Leaving Certificate Examination (including Day School Certificate (Higher) General paper), 1939
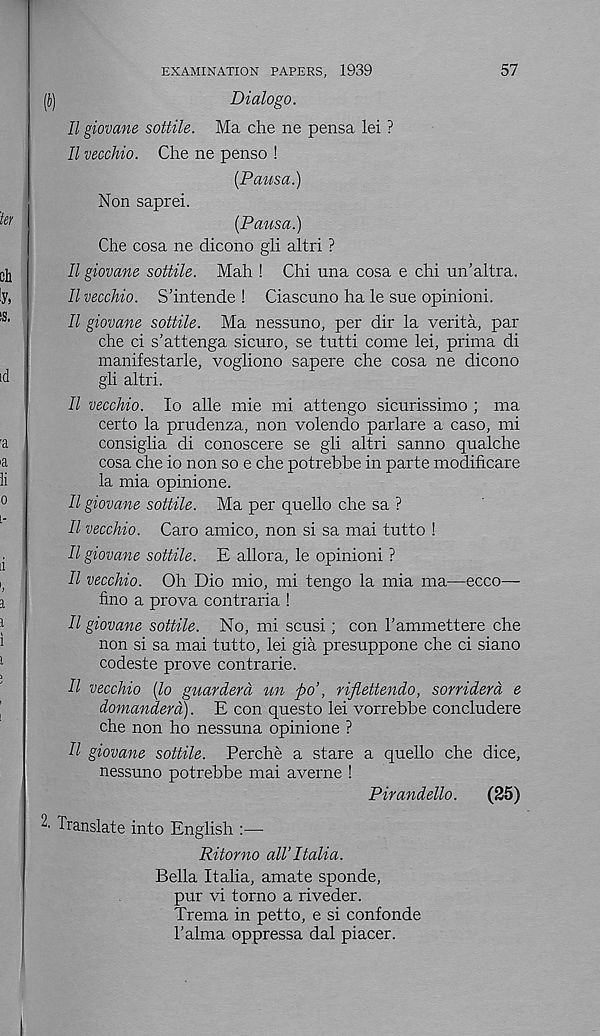
57
EXAMINATION PAPERS, 1939
(b)
Dialogo.
11 giovane sottile. Ma che ne pensa lei ?
II vecchio. Che ne penso !
(Pans a.)
Non saprei.
(Pausa.)
Che cosa ne dicono gli altri ?
II giovane sottile. Mah ! Chi una cosa e chi un’altra.
II vecchio. S’intende ! Ciascuno ha le sue opinioni.
II giovane sottile. Ma nessuno, per dir la verita, par
che ci s’attenga sicuro, se tutti come lei, prima di
manifestarle, vogliono sapere che cosa ne dicono
gli altri.
II vecchio. lo alle mie mi attengo sicurissimo ; ma
certo la prudenza, non volendo parlare a caso, mi
consiglia di conoscere se gli altri sanno qualche
cosa che io non so e che potrebbe in parte modificare
la mia opinione.
II giovane sottile. Ma per quello che sa ?
II vecchio. Caro amico, non si sa mai tutto !
II giovane sottile. E allora, le opinioni ?
II vecchio. Oh Dio mio, mi tengo la mia ma—ecco—
fino a prova contraria !
II giovane sottile. No, mi scusi; con I’ammettere che
non si sa mai tutto, lei gia presuppone che ci siano
codeste prove con trade.
II vecchio [lo guarderd
po’, riflettendo, sorriderd e
domanderd). E con questo lei vorrebbe concludere
che non ho nessuna opinione ?
II giovane sottile. Perche a stare a quello che dice,
nessuno potrebbe mai averne !
Pirandello.
(25)
^ Translate into English :—-
Ritorno all’Italia.
Bella Italia, amate sponde,
pur vi torno a riveder.
Trema in petto, e si confonde
Talma oppressa dal placer.